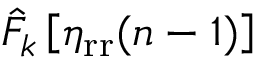
\hat { F } _ { k } \left[ \eta _ { \mathrm { r r } } ( n - 1 ) \right]